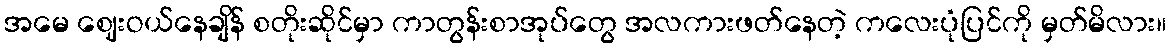
အမေ ဈေးဝယ်နေချိန် စတိုးဆိုင်မှာ ကာတွန်းစာအုပ်တွေ အလကားဖတ်နေတဲ့ ကလေးပုံပြင်ကို မှတ်မိလား။